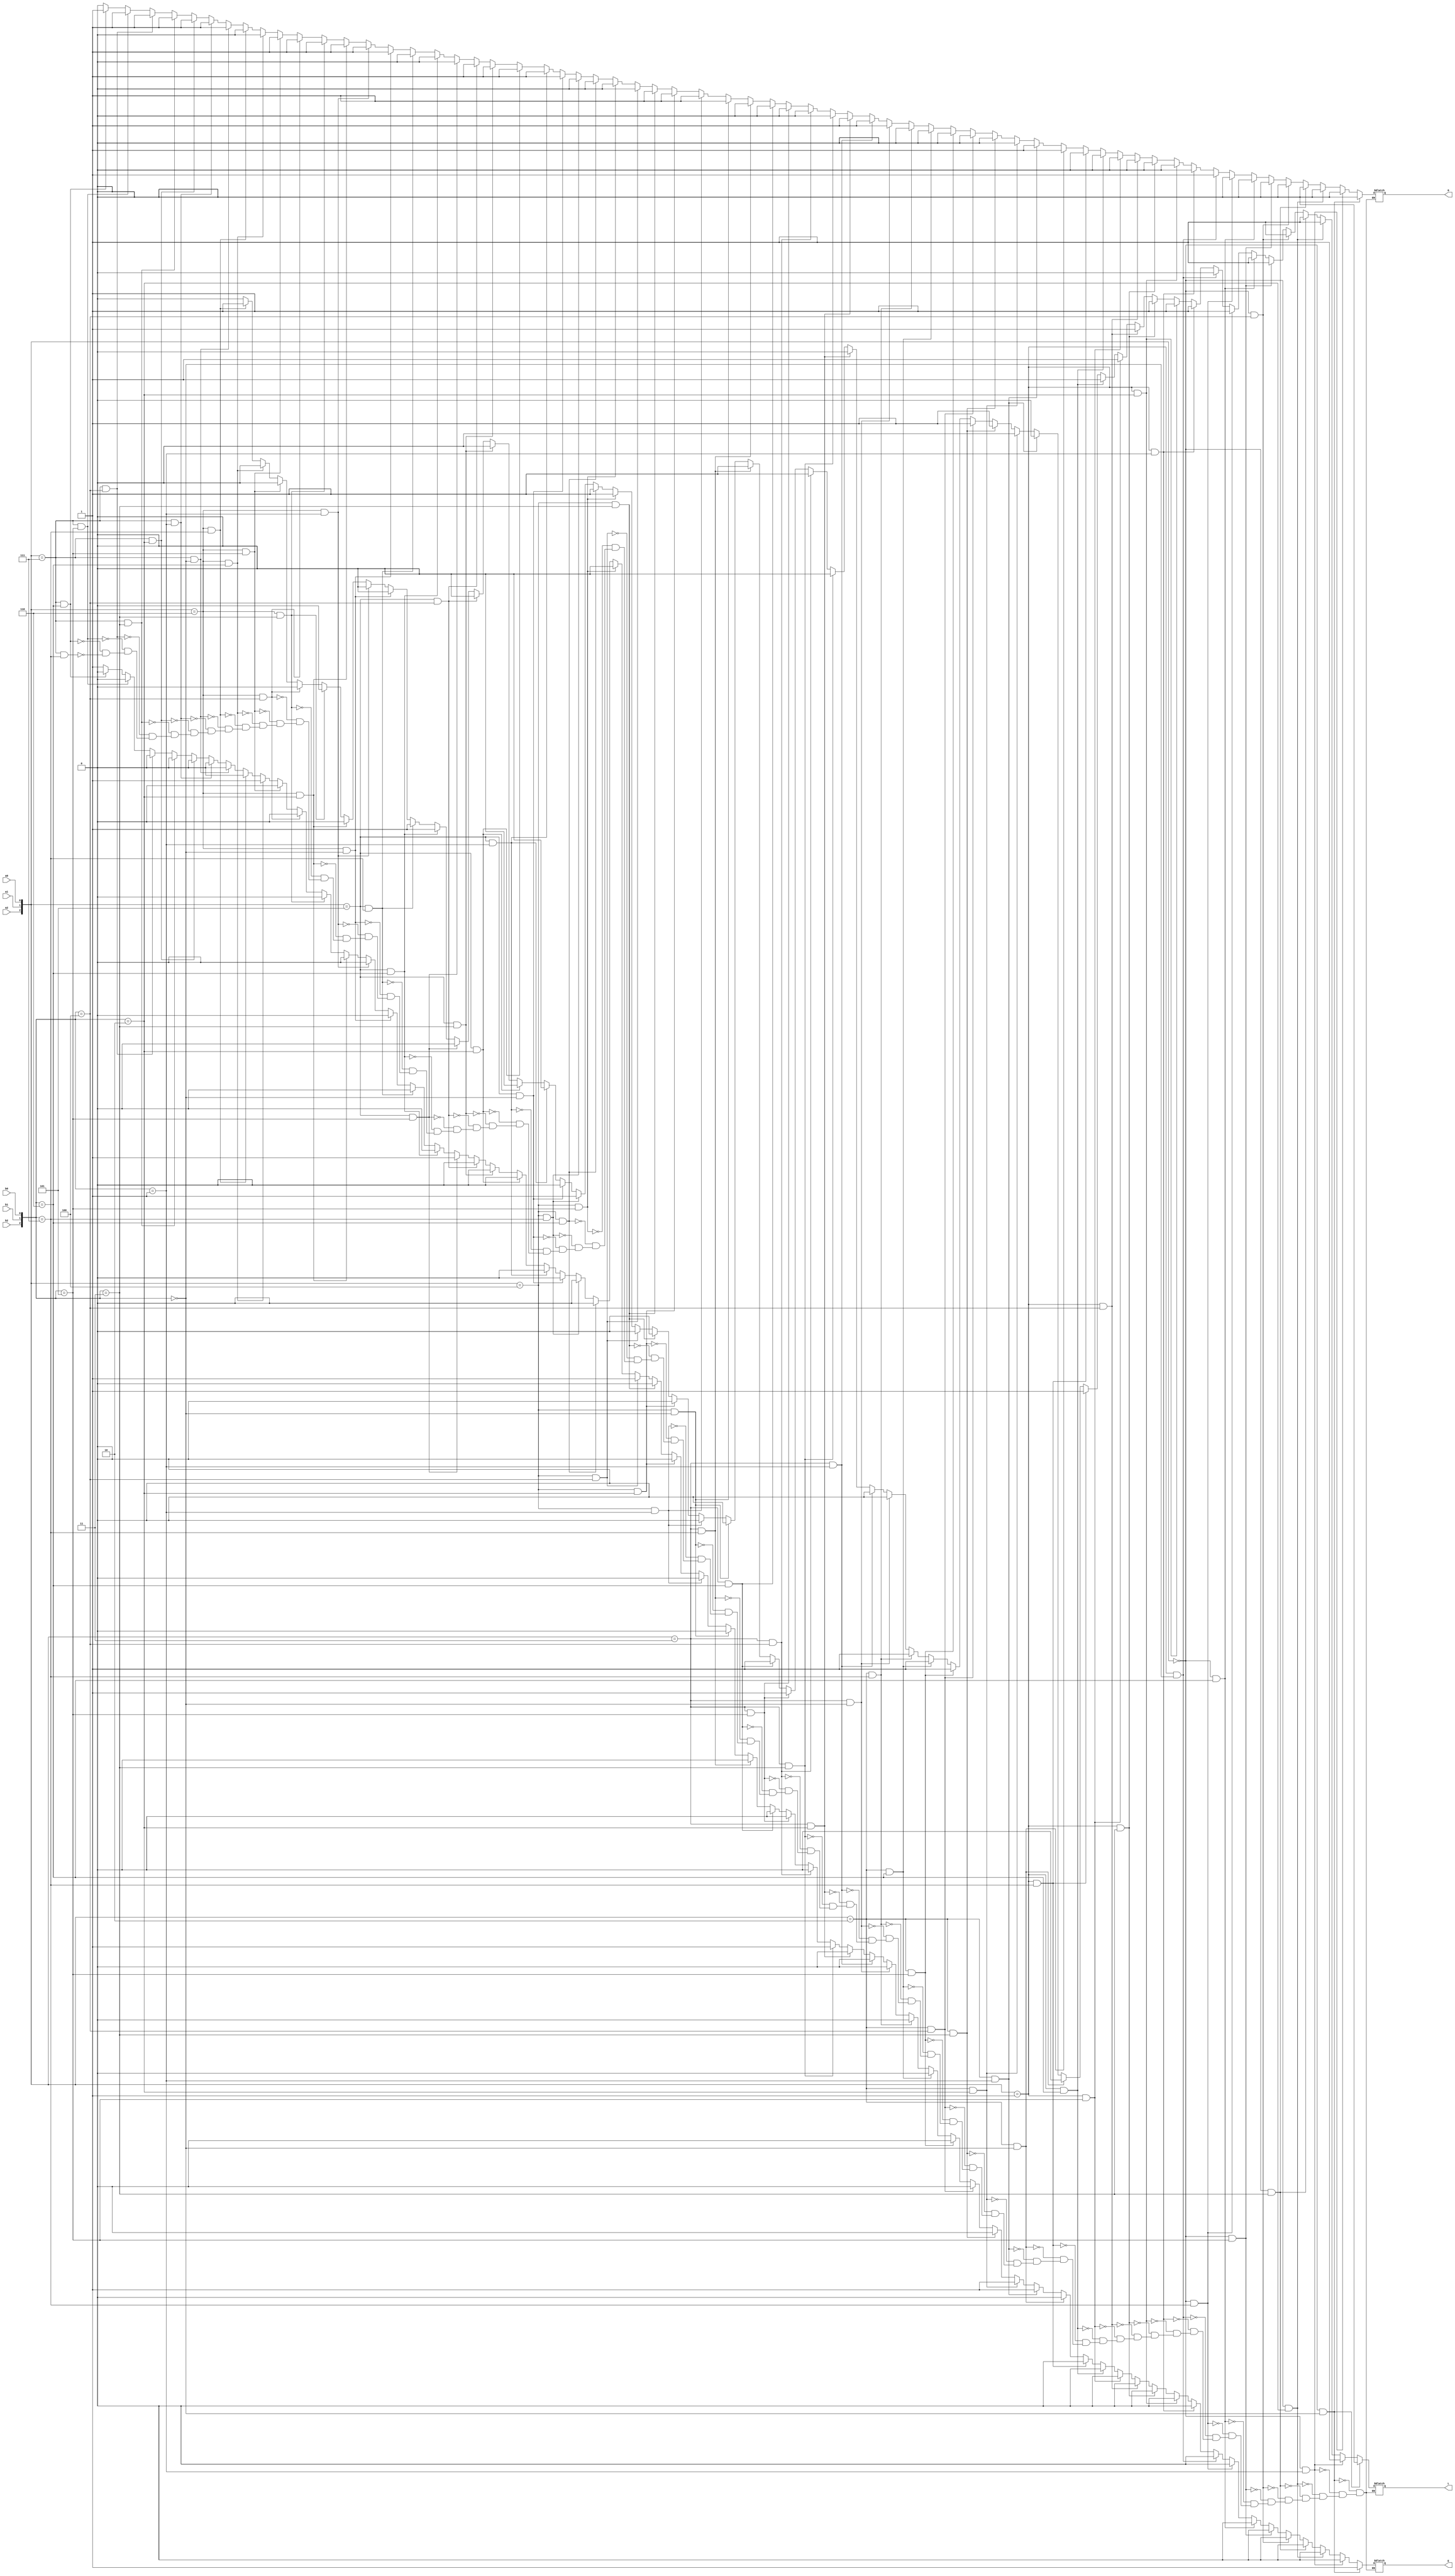
module Comparator3bit(a0,a1,a2,b0,b1,b2,G,E,L);
input a0,a1,a2,b0,b1,b2;
output G,E,L;
reg G,E,L;

always @(a0 or a1 or a2 or b0 or b1 or b2)
  begin
      if ({a2,a1,a0}==3'b000 &&  {b2,b1,b0}==3'b000)begin  E<=1; G<=0; L<=0; end
    else if ({a2,a1,a0}==3'b000  &&  {b2,b1,b0}==3'b001)begin  E<=0; G<=0; L<=1; end
    else if ({a2,a1,a0}==3'b000  &&  {b2,b1,b0}==3'b010)begin  E<=0; G<=0; L<=1; end
    else if ({a2,a1,a0}==3'b000  &&  {b2,b1,b0}==3'b011)begin  E<=0; G<=0; L<=1; end
    else if ({a2,a1,a0}==3'b000  &&  {b2,b1,b0}==3'b100)begin  E<=0; G<=0; L<=1; end
    else if ({a2,a1,a0}==3'b000  &&  {b2,b1,b0}==3'b101)begin  E<=0; G<=0; L<=1; end
    else if ({a2,a1,a0}==3'b000  &&  {b2,b1,b0}==3'b110)begin  E<=0; G<=0; L<=1; end
    else if ({a2,a1,a0}==3'b000  &&  {b2,b1,b0}==3'b111)begin  E<=0; G<=0; L<=1; end
    else if ({a2,a1,a0}==3'b001  &&  {b2,b1,b0}==3'b000)begin  E<=0; G<=1; L<=0; end
    else if ({a2,a1,a0}==3'b001  &&  {b2,b1,b0}==3'b001)begin  E<=0; G<=0; L<=1; end
    else if ({a2,a1,a0}==3'b001  &&  {b2,b1,b0}==3'b010)begin  E<=0; G<=0; L<=1; end
    else if ({a2,a1,a0}==3'b001  &&  {b2,b1,b0}==3'b011)begin  E<=0; G<=0; L<=1; end
    else if ({a2,a1,a0}==3'b001  &&  {b2,b1,b0}==3'b100)begin  E<=0; G<=0; L<=1; end
    else if ({a2,a1,a0}==3'b001  &&  {b2,b1,b0}==3'b101)begin  E<=0; G<=0; L<=1; end
    else if ({a2,a1,a0}==3'b001  &&  {b2,b1,b0}==3'b110)begin  E<=0; G<=0; L<=1; end
    else if ({a2,a1,a0}==3'b001  &&  {b2,b1,b0}==3'b111)begin  E<=0; G<=0; L<=1; end
    else if ({a2,a1,a0}==3'b010  &&  {b2,b1,b0}==3'b000)begin  E<=0; G<=1; L<=0; end
    else if ({a2,a1,a0}==3'b010  &&  {b2,b1,b0}==3'b001)begin  E<=1; G<=1; L<=0; end
    else if ({a2,a1,a0}==3'b010  &&  {b2,b1,b0}==3'b010)begin  E<=1; G<=0; L<=0; end
    else if ({a2,a1,a0}==3'b010  &&  {b2,b1,b0}==3'b011)begin  E<=0; G<=0; L<=1; end
    else if ({a2,a1,a0}==3'b010  &&  {b2,b1,b0}==3'b100)begin  E<=0; G<=0; L<=1; end
    else if ({a2,a1,a0}==3'b010  &&  {b2,b1,b0}==3'b101)begin  E<=0; G<=0; L<=1; end
    else if ({a2,a1,a0}==3'b010  &&  {b2,b1,b0}==3'b110)begin  E<=0; G<=0; L<=1; end
    else if ({a2,a1,a0}==3'b010  &&  {b2,b1,b0}==3'b111)begin  E<=0; G<=0; L<=1; end
    else if ({a2,a1,a0}==3'b011  &&  {b2,b1,b0}==3'b000)begin  E<=0; G<=1; L<=0; end
    else if ({a2,a1,a0}==3'b011  &&  {b2,b1,b0}==3'b001)begin  E<=0; G<=1; L<=0; end
    else if ({a2,a1,a0}==3'b011  &&  {b2,b1,b0}==3'b010)begin  E<=0; G<=1; L<=0; end
    else if ({a2,a1,a0}==3'b011  &&  {b2,b1,b0}==3'b011)begin  E<=1; G<=0; L<=0; end
    else if ({a2,a1,a0}==3'b011  &&  {b2,b1,b0}==3'b100)begin  E<=0; G<=0; L<=1; end
    else if ({a2,a1,a0}==3'b011  &&  {b2,b1,b0}==3'b101)begin  E<=0; G<=0; L<=1; end
    else if ({a2,a1,a0}==3'b011  &&  {b2,b1,b0}==3'b110)begin  E<=0; G<=0; L<=1; end
    else if ({a2,a1,a0}==3'b011  &&  {b2,b1,b0}==3'b111)begin  E<=0; G<=0; L<=1; end
    else if ({a2,a1,a0}==3'b100  &&  {b2,b1,b0}==3'b000)begin  E<=0; G<=1; L<=0; end
    else if ({a2,a1,a0}==3'b100  &&  {b2,b1,b0}==3'b001)begin  E<=0; G<=1; L<=0; end
    else if ({a2,a1,a0}==3'b100  &&  {b2,b1,b0}==3'b010)begin  E<=0; G<=1; L<=0; end
    else if ({a2,a1,a0}==3'b100  &&  {b2,b1,b0}==3'b011)begin  E<=0; G<=1; L<=0; end
    else if ({a2,a1,a0}==3'b100  &&  {b2,b1,b0}==3'b100)begin  E<=1; G<=0; L<=0; end
    else if ({a2,a1,a0}==3'b100  &&  {b2,b1,b0}==3'b101)begin  E<=0; G<=0; L<=1; end
    else if ({a2,a1,a0}==3'b100  &&  {b2,b1,b0}==3'b110)begin  E<=0; G<=0; L<=1; end
    else if ({a2,a1,a0}==3'b100  &&  {b2,b1,b0}==3'b111)begin  E<=0; G<=0; L<=1; end
    else if ({a2,a1,a0}==3'b101  &&  {b2,b1,b0}==3'b000)begin  E<=0; G<=1; L<=0; end
    else if ({a2,a1,a0}==3'b101  &&  {b2,b1,b0}==3'b001)begin  E<=0; G<=1; L<=0; end
    else if ({a2,a1,a0}==3'b101  &&  {b2,b1,b0}==3'b010)begin  E<=0; G<=1; L<=0; end
    else if ({a2,a1,a0}==3'b101  &&  {b2,b1,b0}==3'b011)begin  E<=0; G<=1; L<=0; end
    else if ({a2,a1,a0}==3'b101  &&  {b2,b1,b0}==3'b100)begin  E<=0; G<=1; L<=0; end
    else if ({a2,a1,a0}==3'b101  &&  {b2,b1,b0}==3'b101)begin  E<=1; G<=0; L<=0; end
    else if ({a2,a1,a0}==3'b101  &&  {b2,b1,b0}==3'b110)begin  E<=0; G<=0; L<=1; end
    else if ({a2,a1,a0}==3'b101  &&  {b2,b1,b0}==3'b111)begin  E<=0; G<=0; L<=1; end
    else if ({a2,a1,a0}==3'b110  &&  {b2,b1,b0}==3'b000)begin  E<=0; G<=1; L<=0; end
    else if ({a2,a1,a0}==3'b110  &&  {b2,b1,b0}==3'b001)begin  E<=0; G<=1; L<=0; end
    else if ({a2,a1,a0}==3'b110  &&  {b2,b1,b0}==3'b010)begin  E<=0; G<=1; L<=0; end
    else if ({a2,a1,a0}==3'b110  &&  {b2,b1,b0}==3'b011)begin  E<=0; G<=1; L<=0; end
    else if ({a2,a1,a0}==3'b110  &&  {b2,b1,b0}==3'b100)begin  E<=0; G<=1; L<=0; end
    else if ({a2,a1,a0}==3'b110  &&  {b2,b1,b0}==3'b101)begin  E<=0; G<=1; L<=0; end
    else if ({a2,a1,a0}==3'b110  &&  {b2,b1,b0}==3'b110)begin  E<=1; G<=0; L<=0; end
    else if ({a2,a1,a0}==3'b110  &&  {b2,b1,b0}==3'b111)begin  E<=0; G<=0; L<=1; end
    else if ({a2,a1,a0}==3'b111  &&  {b2,b1,b0}==3'b000)begin  E<=0; G<=1; L<=0; end
    else if ({a2,a1,a0}==3'b111  &&  {b2,b1,b0}==3'b001)begin  E<=0; G<=1; L<=0; end
    else if ({a2,a1,a0}==3'b111  &&  {b2,b1,b0}==3'b010)begin  E<=0; G<=1; L<=0; end
    else if ({a2,a1,a0}==3'b111  &&  {b2,b1,b0}==3'b011)begin  E<=0; G<=1; L<=0; end
    else if ({a2,a1,a0}==3'b111  &&  {b2,b1,b0}==3'b100)begin  E<=0; G<=1; L<=0; end
    else if ({a2,a1,a0}==3'b111  &&  {b2,b1,b0}==3'b101)begin  E<=0; G<=1; L<=0; end
    else if ({a2,a1,a0}==3'b111  &&  {b2,b1,b0}==3'b110)begin  E<=0; G<=1; L<=0; end
    else if ({a2,a1,a0}==3'b111  &&  {b2,b1,b0}==3'b111)begin  E<=1; G<=0; L<=0; end

  end
endmodule